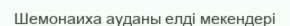
Шемонаиха ауданы елді мекендері